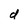
Character: d